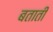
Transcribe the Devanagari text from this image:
बतातीं